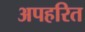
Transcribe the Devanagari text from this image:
अपहरित